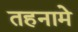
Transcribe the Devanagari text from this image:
तहनामे